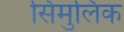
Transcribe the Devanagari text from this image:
सिमुलिंक